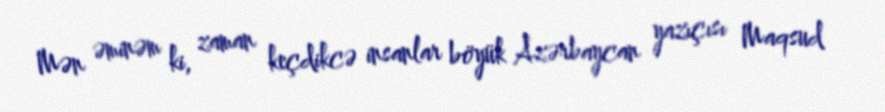
Mən əminəm ki, zaman keçdikcə insanlar böyük Azərbaycan yazıçısı Maqsud